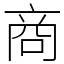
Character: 商